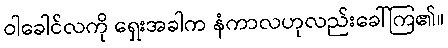
ဝါခေါင်လကို ရှေးအခါက နံကာလဟုလည်းခေါ်ကြ၏။